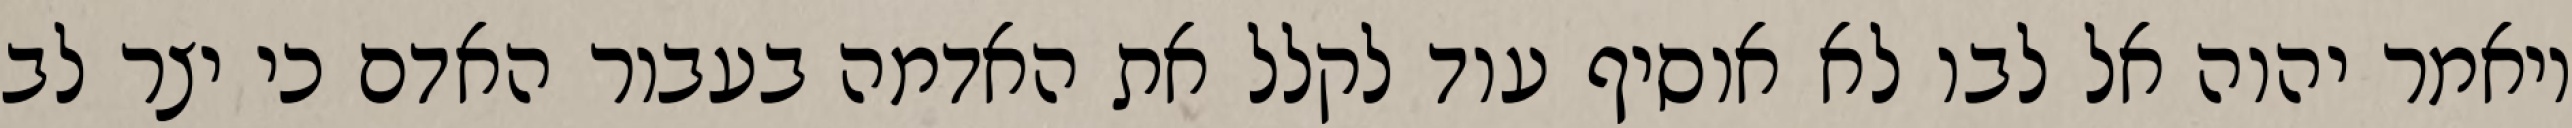
ויאמר יהוה אל לבו לא אוסיף עוד לקלל את האדמה בעבור האדם כי יצר לב